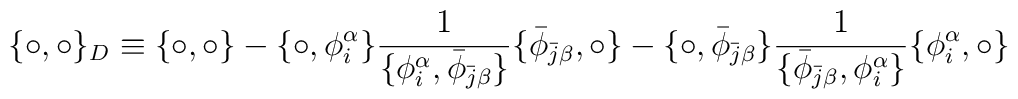
\{ \circ, \circ\}_D \equiv \{ \circ, \circ\}-\{ \circ, \phi_i^\alpha \}\frac {1} { \{ \phi_i^\alpha, \bar\phi_{\bar j \beta}\}}\{ \bar\phi_{\bar j \beta}, \circ \}-\{ \circ, \bar\phi_{\bar j \beta}\}\frac {1} { \{\bar\phi_{\bar j \beta}, \phi_i^\alpha \}}\{\phi_i^\alpha , \circ \}